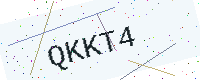
Text: QKKT4